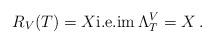
LaTeX: \begin{align*}R_V(T)=X{\rm i.e.}{\rm im}\, \Lambda_{T}^V=X\,.\end{align*}